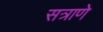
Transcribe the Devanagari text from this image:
सत्राणे